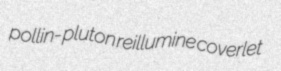
pollin- pluton reillumine coverlet